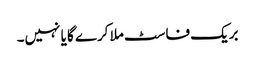
بریک فاسٹ ملا کرے گا یا نہیں۔